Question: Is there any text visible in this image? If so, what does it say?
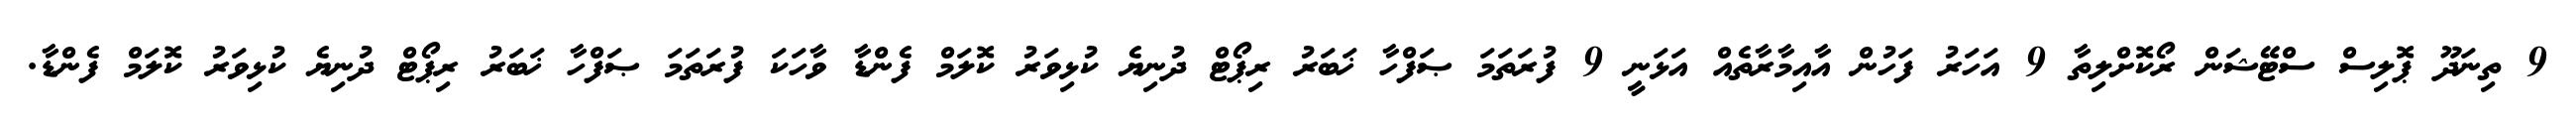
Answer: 9 ތިނަދޫ ޕޮލިސް ސްޓޭޝަން ރޯކޮށްލިތާ 9 އަހަރު ފަހުން އާއިމާރާތެއް އަޅަނީ 9 ފުރަތަމަ ޞަފްހާ ޚަބަރު ރިޕޯޓް ދުނިޔެ ކުޅިވަރު ކޮލަމް ފެންޑާ ވާހަކަ ފުރަތަމަ ޞަފްހާ ޚަބަރު ރިޕޯޓް ދުނިޔެ ކުޅިވަރު ކޮލަމް ފެންޑާ.